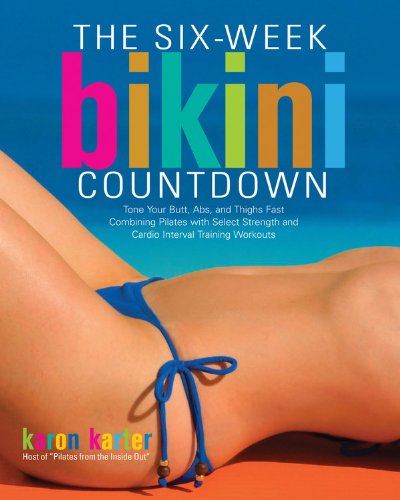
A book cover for Six-Week Bikini Countdown: Tone your butt, abs, and thighs fast combining Pilates with select strength and cardio interval training workouts; Karon Karter; Health, Fitness & Dieting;